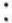
: